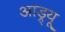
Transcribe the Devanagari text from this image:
आंड्र्यू